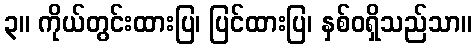
၃။ ကိုယ်တွင်းထားပြ၊ ပြင်ထားပြ၊ နှစ်ဝရှိသည်သာ။